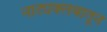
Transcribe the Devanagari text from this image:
नाट्यक्लबातून